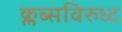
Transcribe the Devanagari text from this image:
क्लब्सविरुध्द